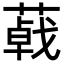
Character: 𦺩